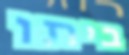
ביתו